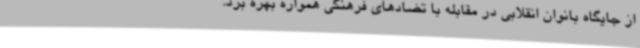
از جایگاه بانوان انقلابی در مقابله با تضادهای فرهنگی همواره بهره برد.